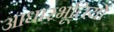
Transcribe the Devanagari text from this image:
आधारभूतियों